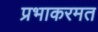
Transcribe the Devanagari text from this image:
प्रभाकरमत